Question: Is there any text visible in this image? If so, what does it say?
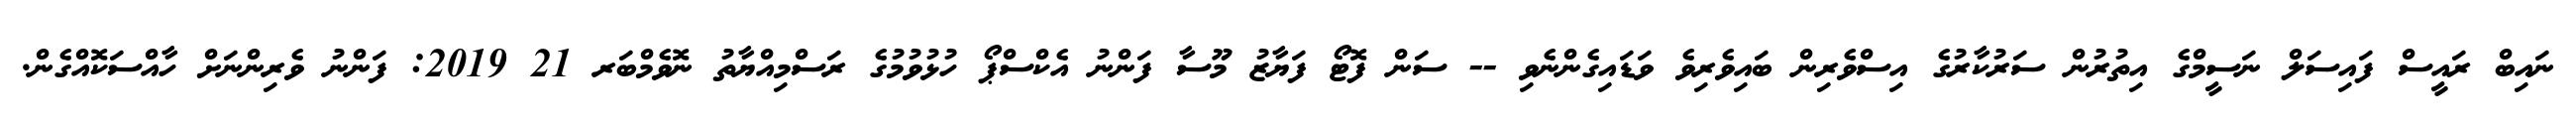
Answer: ނައިބް ރައީސް ފައިސަލް ނަސީމްގެ އިތުރުން ސަރުކާރުގެ އިސްވެރިން ބައިވެރިވެ ވަޑައިގެންނެވި -- ސަން ފޮޓޯ ފަޔާޒު މޫސާ ފަންނު އެކްސްޕޯ ހުޅުވުމުގެ ރަސްމިއްޔާތު ނޮވެމްބަރ 21 2019: ފަންނު ވެރިންނަށް ހާއްސަކޮއްގެން.